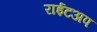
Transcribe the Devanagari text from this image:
राईटअप